Punjab Mental Hospital Lahore 1932-46 - 1932-1946
Year: 1932
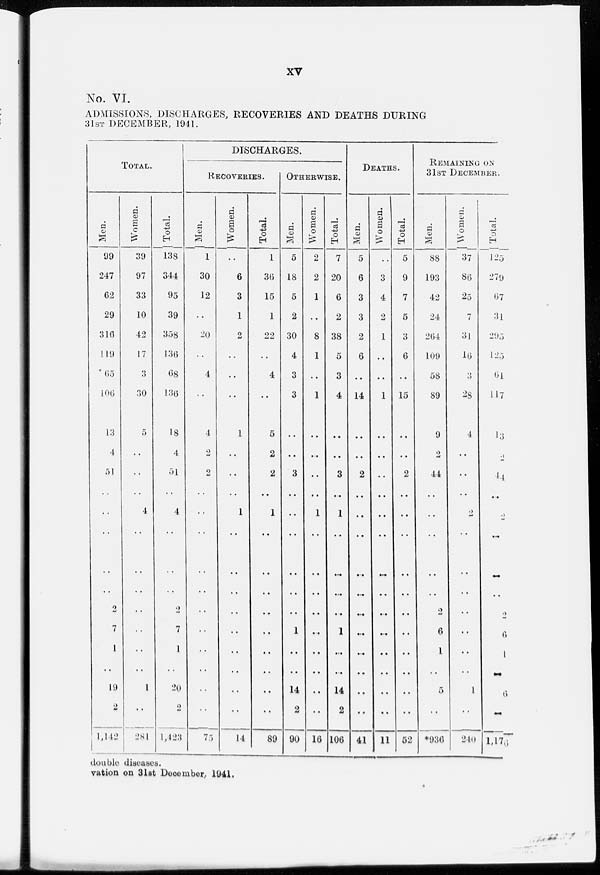
xv
No. VI.
ADMISSIONS, DISCHARGES, RECOVERIES AND DEATHS DURING
31ST DECEMBER, 1941.
TOTAL.
Men.
99
247
62
29
316
119
65
106
13
4
51
..
..
..
..
..
2
7
1
..
19
2
1,142
Women.
39
97
33
10
42
17
3
30
5
..
..
..
4
..
..
..
..
..
..
..
1
..
281
Total.
138
344
95
39
358
136
68
136
18
4
51
..
4
..
..
..
2
7
1
..
20
2
1,423
DISCHARGES.
RECOVERIES.
Men.
1
30
12
..
20
..
4
..
4
2
2
..
..
..
..
..
..
..
..
..
..
..
75
Women.
..
6
3
1
2
..
..
..
1
..
..
..
1
..
..
..
..
..
..
..
..
..
14
Total.
1
36
15
1
22
..
4
..
5
2
2
..
1
..
..
..
...
..
..
..
..
..
89
OTHERWISE.
Men.
5
18
5
2
30
4
3
3
..
..
3
..
..
..
..
..
..
1
..
..
14
2
90
Women.
2
2
1
..
8
1
..
1
..
..
..
..
1
..
..
..
..
..
..
..
..
..
16
Total.
7
20
6
2
38
5
3
4
..
..
3
..
1
..
..
..
..
1
..
..
14
2
106
DEATHS.
Men.
5
6
3
3
2
6
..
14
..
..
2
..
..
..
..
..
..
..
..
..
..
..
41
Women.
..
3
4
2
1
..
..
1
..
..
..
..
..
..
..
..
..
..
..
..
..
..
11
Total.
5
9
7
5
3
6
..
15
..
..
2
..
..
..
..
..
..
..
..
..
..
..
52
REMAINING ON
31ST DECEMBER.
Men.
88
193
42
24
264
109
58
89
9
2
44
..
..
..
..
..
2
6
1
..
5
..
*936
Women.
37
86
25
7
31
16
3
28
4
..
..
..
2
..
..
..
..
..
..
..
1
..
240
Total.
125
279
67
31
295
125
61
117
13
2
44
..
2
..
..
..
2
6
1
..
6
..
1,176
double diseases.
vation on 31st December, 1941.